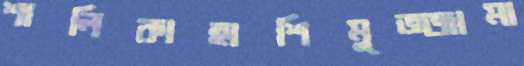
শালিকাহাশিমুজ্জামা